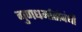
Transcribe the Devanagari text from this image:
गुणधर्मासंबंधी